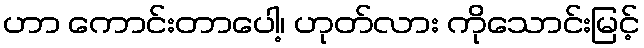
ဟာ ကောင်းတာပေါ့၊ ဟုတ်လား ကိုသောင်းမြင့်